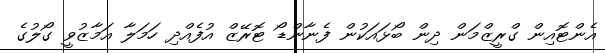
އެންޓޮއިން ގްރީޒްމަން ދިން ބޯޅައަކުން ފެނާންޑޯ ޓޮރޭޒް އުފެއްދި ހަމަލާ އަމާޒުވީ ގޯލުގެ